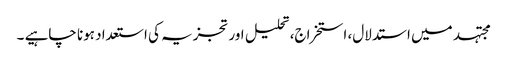
مجتہد میں استدلال، استخراج، تحلیل اور تجزیہ کی استعداد ہونا چاہیے ۔